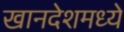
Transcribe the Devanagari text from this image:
खानदेशमध्ये